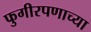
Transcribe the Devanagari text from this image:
फुगीरपणाच्या